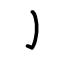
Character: ㇁